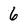
Character: 6